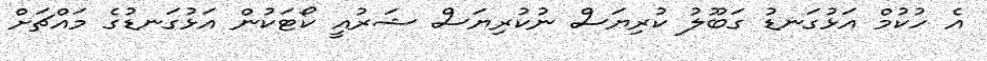
އެ ހުކުމް އަޅުގަނޑު ގަބޫލު ކުރިޔަސް ނުކުރިޔަސް ޝަރުއީ ކޯޓަކުން އަޅުގަނޑުގެ މައްޗަށް